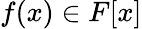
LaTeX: f(x)\in F[x]